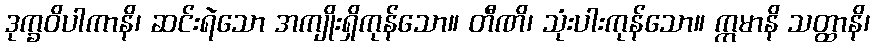
ဒုက္ခဝိပါကာနိ၊ ဆင်းရဲသော အကျိုးရှိကုန်သော။ တီဏိ၊ သုံးပါးကုန်သော။ ဣမာနိ သတ္ထာနိ၊